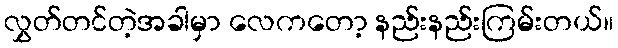
လွှတ်တင်တဲ့အခါမှာ လေကတော့ နည်းနည်းကြမ်းတယ်။